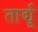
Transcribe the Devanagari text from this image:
तार्द्यू